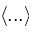
\langle . . . \rangle